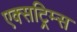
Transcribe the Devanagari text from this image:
एक्सट्रिम्स